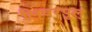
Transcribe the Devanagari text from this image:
लिवरपूल्